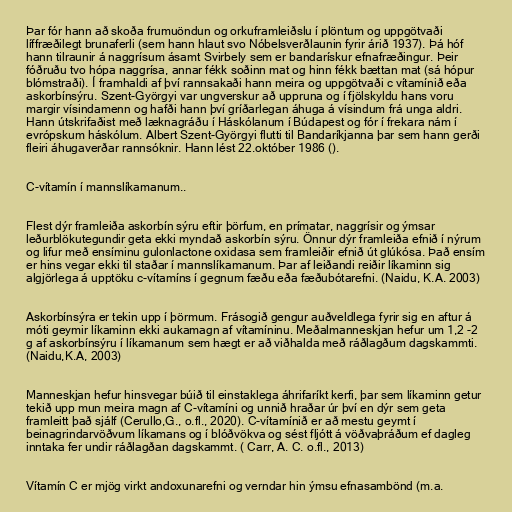
Þar fór hann að skoða frumuöndun og orkuframleiðslu í plöntum og uppgötvaði
líffræðilegt brunaferli (sem hann hlaut svo Nóbelsverðlaunin fyrir árið 1937). Þá hóf
hann tilraunir á naggrísum ásamt Svirbely sem er bandarískur efnafræðingur. Þeir
fóðruðu tvo hópa naggrísa, annar fékk soðinn mat og hinn fékk bættan mat (sá hópur
blómstraði). Í framhaldi af því rannsakaði hann meira og uppgötvaði c vítamínið eða
askorbínsýru. Szent-Györgyi var ungverskur að uppruna og í fjölskyldu hans voru
margir vísindamenn og hafði hann því gríðarlegan áhuga á vísindum frá unga aldri.
Hann útskrifaðist með læknagráðu í Háskólanum í Búdapest og fór í frekara nám í
evrópskum háskólum. Albert Szent-Györgyi flutti til Bandaríkjanna þar sem hann gerði
fleiri áhugaverðar rannsóknir. Hann lést 22.október 1986 ().

C-vítamín í mannslíkamanum..

Flest dýr framleiða askorbín sýru eftir þörfum, en prímatar, naggrísir og ýmsar
leðurblökutegundir geta ekki myndað askorbín sýru. Önnur dýr framleiða efnið í nýrum
og lifur með ensíminu gulonlactone oxidasa sem framleiðir efnið út glúkósa. Það ensím
er hins vegar ekki til staðar í mannslíkamanum. Þar af leiðandi reiðir líkaminn sig
algjörlega á upptöku c-vítamíns í gegnum fæðu eða fæðubótarefni. (Naidu, K.A. 2003)

Askorbínsýra er tekin upp í þörmum. Frásogið gengur auðveldlega fyrir sig en aftur á
móti geymir líkaminn ekki aukamagn af vítamíninu. Meðalmanneskjan hefur um 1,2 -2
g af askorbínsýru í líkamanum sem hægt er að viðhalda með ráðlagðum dagskammti.
(Naidu,K.A, 2003)

Manneskjan hefur hinsvegar búið til einstaklega áhrifaríkt kerfi, þar sem líkaminn getur
tekið upp mun meira magn af C-vítamíni og unnið hraðar úr því en dýr sem geta
framleitt það sjálf (Cerullo,G., o.fl., 2020). C-vítamínið er að mestu geymt í
beinagrindarvöðvum líkamans og í blóðvökva og sést fljótt á vöðvaþráðum ef dagleg
inntaka fer undir ráðlagðan dagskammt. ( Carr, A. C. o.fl., 2013)

Vítamín C er mjög virkt andoxunarefni og verndar hin ýmsu efnasambönd (m.a.